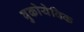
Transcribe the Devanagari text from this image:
वुकोयेविक